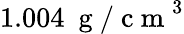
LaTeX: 1.004~\mathrm{~g~/~c~m~}^{3}